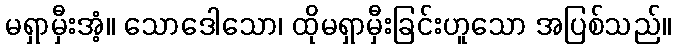
မရှာမှီးအံ့။ သောဒေါသော၊ ထိုမရှာမှီးခြင်းဟူသော အပြစ်သည်။